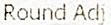
ROUND ADJ